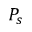
P _ { s }